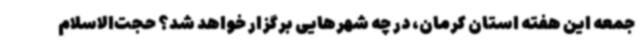
جمعه این هفته استان کرمان، در چه شهرهایی برگزار خواهد شد؟ حجت‌الاسلام